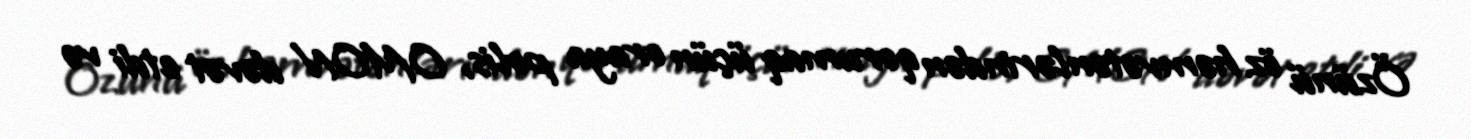
Özünü öz həmvətənlərindən qorumaq üçün oraya polis, OMON dəvət etdi və